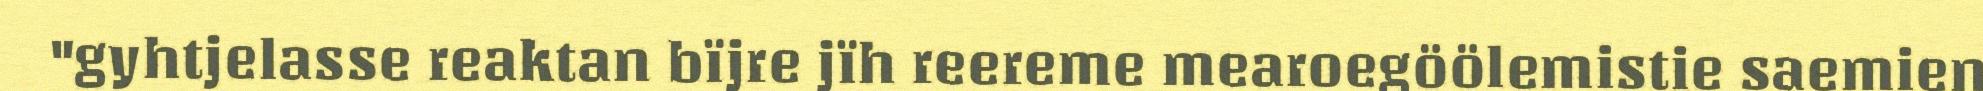
"gyhtjelasse reaktan bïjre jïh reereme mearoegöölemistie saemien